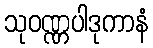
သုဝဏ္ဏပါဒုကာနံ